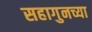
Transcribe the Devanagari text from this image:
सहागुनच्या